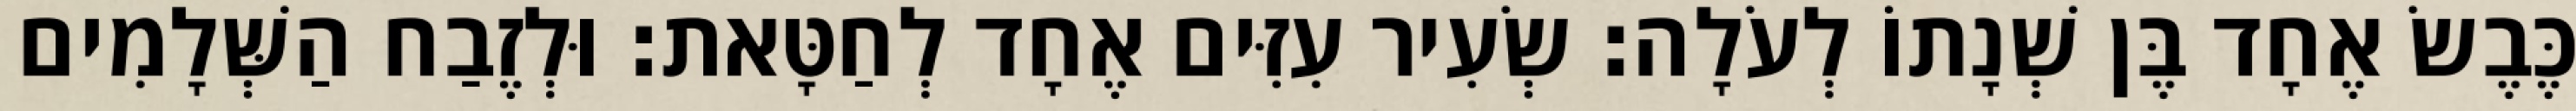
כֶּבֶשׂ אֶחָד בֶּן שְׁנָתוֹ לְעֹלָה׃ שְׂעִיר עִזִּים אֶחָד לְחַטָּאת׃ וּלְזֶבַח הַשְּׁלָמִים